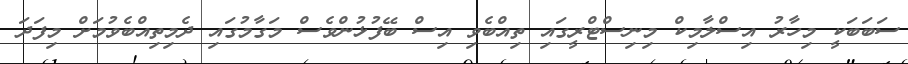
ސަބަބަކީ މިހާރު އިސްލާމިކް މިނިސްޓްރީގައި ތިއްބެވި އިސް ބޭފުޅުންވެސް މަގާމުގައި ދެމިތިއްބެވުމަށް މިފަދަ